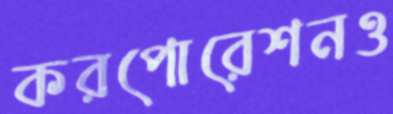
করপোরেশনও